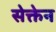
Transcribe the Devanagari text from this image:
सेक्तेन